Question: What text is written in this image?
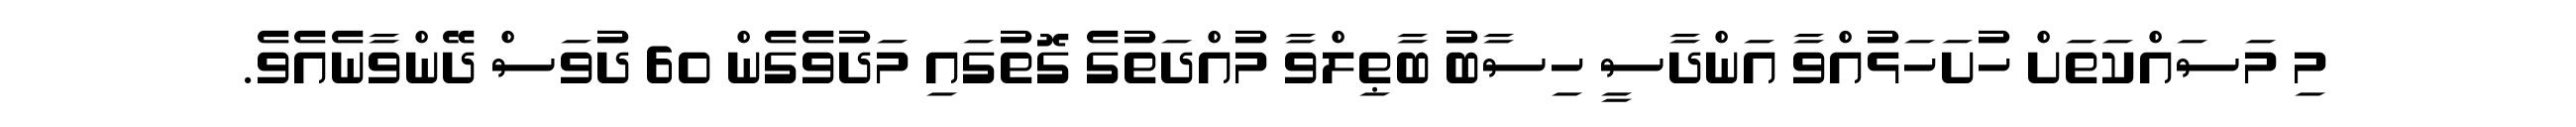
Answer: މި މަސައްކަތަށް ހުށަހަޅުއްވާ އަންދާސީ ހިސާބު ބާޠިލްވާ މުއްދަތުގެ ގޮތުގައި މަދުވެގެން 60 ދުވަސް ދޭންވާނެއެވެ.